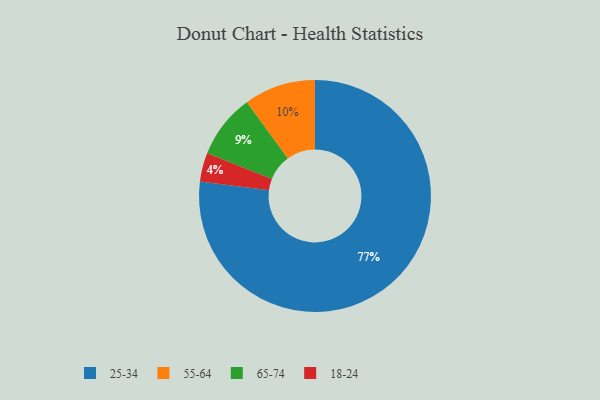
{"axis": {"x": "Category", "y": "Percentage"}, "legend": ["18-24", "25-34", "55-64", "65-74"], "data": [{"x": "55-64", "y": 10, "type": "55-64"}, {"x": "65-74", "y": 9, "type": "65-74"}, {"x": "25-34", "y": 77, "type": "25-34"}, {"x": "18-24", "y": 4, "type": "18-24"}]}